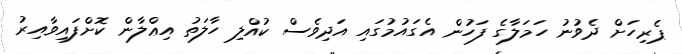
ޕެރިހަށް ދެވުނު ހަމަލާގެ ފަހުން އެގައުމުގައި އަދިވެސް ކުއްލި ހާލަތު އިޢްލާން ކޮށްފައިވާއިރު